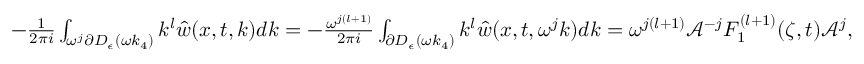
\begin{array} { r l } & { - \frac { 1 } { 2 \pi i } \int _ { \omega ^ { j } \partial D _ { \epsilon } ( \omega k _ { 4 } ) } k ^ { l } \hat { w } ( x , t , k ) d k = - \frac { \omega ^ { j ( l + 1 ) } } { 2 \pi i } \int _ { \partial D _ { \epsilon } ( \omega k _ { 4 } ) } k ^ { l } \hat { w } ( x , t , \omega ^ { j } k ) d k = \omega ^ { j ( l + 1 ) } \mathcal { A } ^ { - j } F _ { 1 } ^ { ( l + 1 ) } ( \zeta , t ) \mathcal { A } ^ { j } , } \end{array}